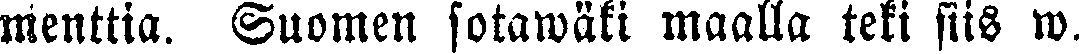
menttia. Suomen sotawäki maalla teki siis w.